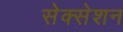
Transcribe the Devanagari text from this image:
सेक्सेशन